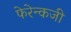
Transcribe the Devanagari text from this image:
फेरेन्कजी